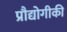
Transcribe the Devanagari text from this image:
प्रौद्योगीकी